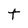
Character: t